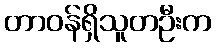
တာဝန်ရှိသူတဦးက